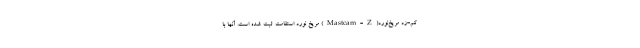
‌کم-زد مریخ‌نورد(Mastcam-Z) مریخ نورد استقامت ثبت شده است. آنها با